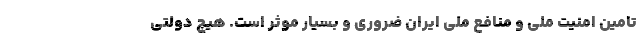
تامین امنیت ملی و منافع ملی ایران ضروری و بسیار موثر است. هیچ دولتی